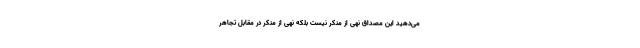
می‌دهید این مصداق نهی از منکر نیست بلکه نهی از منکر در مقابل تجاهر